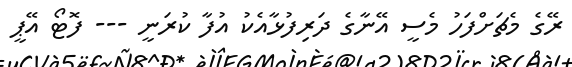
ރޭގެ މެޗަށްފަހު މެސީ އޭނާގެ ދަރިފުޅާއެކު އުފާ ކުރަނީ --- ފޮޓޯ އޭޕީ